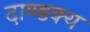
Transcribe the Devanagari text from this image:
दाण्डक्य